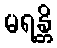
မရန္တိ